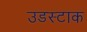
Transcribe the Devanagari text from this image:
उडस्टाक